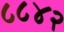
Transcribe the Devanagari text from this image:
८८४२